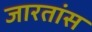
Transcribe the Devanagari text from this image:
जारतांस